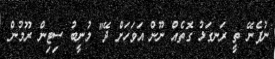
ނުފެނޭ ތީ ރަނގަޅު ގޮތެއް ނޫން އަވަހަށް ދޭ" މުނީބު ސިޓިން ރޫމުން